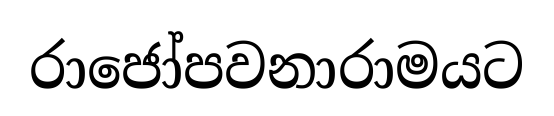
රාජෝපවනාරාමයට